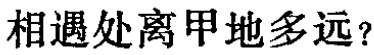
相遇处离甲地多远？